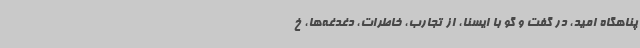
پناهگاه امید، در گفت و گو با ایسنا، از تجارب، خاطرات، دغدغه‌ها، خ